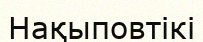
Нақыповтікі